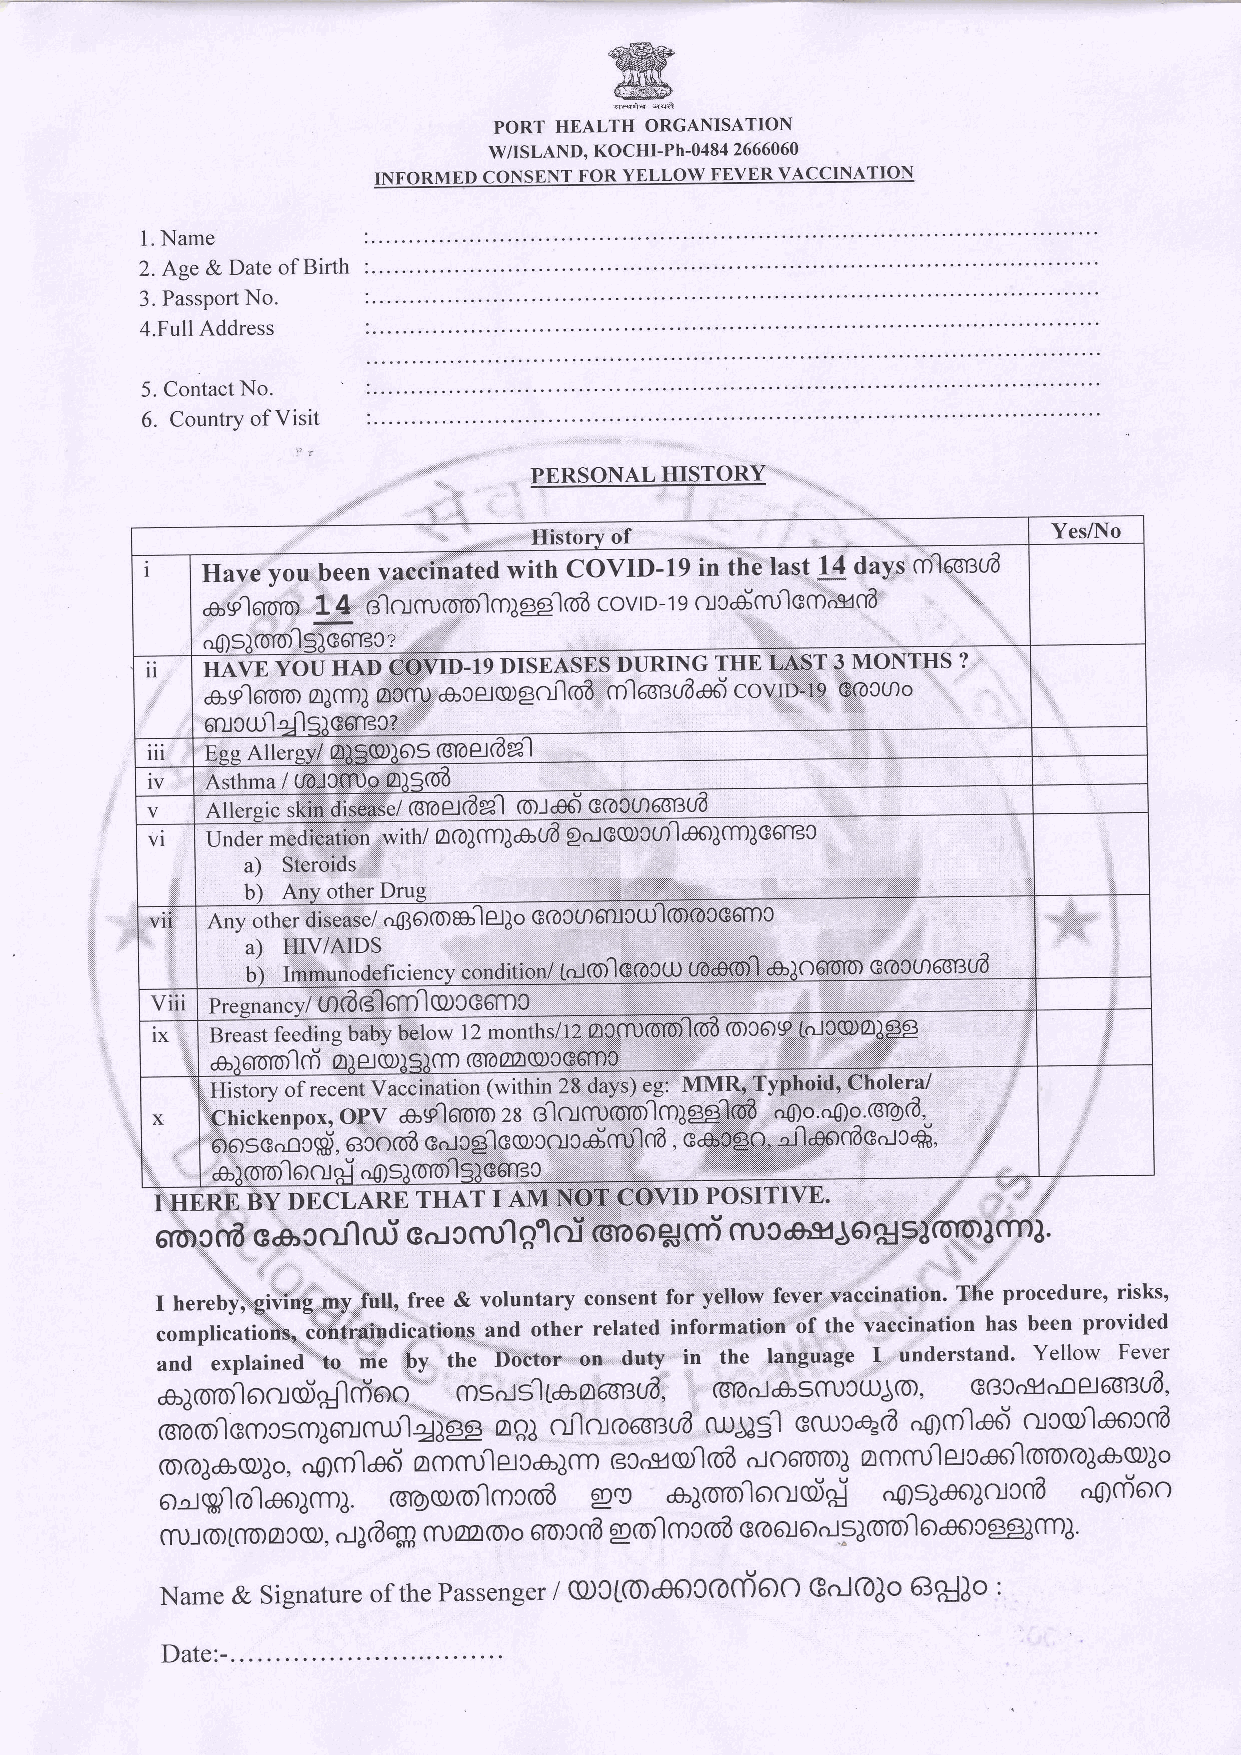
ffi
 @
 PORT HEALTH ORGANISATION
 W/ISLAND, KOCHI-Ph-0 484 2666060
 INFORMED CONSENT FOR YELLOW FEVER VACCINATION
 1. Name
 2. Age & Date of Birth
 3. Passport No.
 4.Full Address
 5. Contact No.
 6. Country of Visit
 P,|ERSoNALlErrsTgRY
 Historv of                         YesA{o
 Have vou been vaccinated with covlD-19 in the last 14 days cnlsonud
 a s'l 610-161 1 4 r:1 cl cru af.ro'r] ml ge;l ro8 c ov t o - t e cx cdcru'l c m gcrS'
 ,1msloorls)G6rBc?                    '''',
 lt                               ruNG THE I,AST 3 MONTHS ?
 as]aom alcml pc6ru ecelcolgoLloS cnle6BuAad covto-19 GC6cOo
 errLcut'l"t'lac6rec?
 ''-:
 GIAel6€21-
 lil Ess All"rsy/ CII$nD)OS
 iv
 ':l
 GfoCry
 Allers.ic skin dispasel@-lle-Jdnl col66) -
 udg G    eo)cm)G6rcc
 VI
 a)
 Steroids
 b)
 Anv other Drue
 ilYll
 viii Presnancy/ tn*df3l6m IQQ)CG6ffiC 1   ..- ,,",,;'
 B*@iithsl                                  olgg
 IX:                        rz occruoTol oE rocCIe tolccol
 .s,l aonrrl oi 0) elQQ))s)cm GIa mQQ)cG6mc
 X
 ffi               THAT I ANI Nor covlD PoslrlvE.
 C m e b,c cu'l rui e.': c cru'l 81 oi ffi o g rrd rru c a',lu Jo gg€l qq] cml.
 I hereby, g*ffi-y',.T*U,,.free & voluntary consent foi yellow fever vaCcinalion., TAe procedureo risks,
 complications, contraindications and other related information of the vaccination has been provided
 and explained to me by the Doctor on duty in ttie language I understand. Yellorv Fever
 *ja"n"1..xa)Clcrioo' cnsolsl[e a6srll8,,m"JgscructuJ<or, GBcosjooel6cBuA.
 c.raor'lecncscnJ6rxm1J'lglgg CIQl ot'lcrl @66.rlUA ruJJSl Grucqd "Ocrtd cuccol'laercaS
 ommnetc*l*   c6.sCo8  oto6roloJ acncntelcaer'lonrroJ6co)o
 661oJ4oq91Jo, .,61cn1ad
 pe
 ooqf olaerlcml rmOcolror'lmcalS  alolo'looioi,il of)sldololccra "Orriero
 crut161tcr6ocQo, ffiJaaCoro 6lolcnA gror"lmcoS Groolools;oror'leroercggcml.
 "lJdqm
 Name & Signature of the Passenger / QQ)Ct(odCICOAielO GoJC0Jo 63$Jo :
 Date:-.